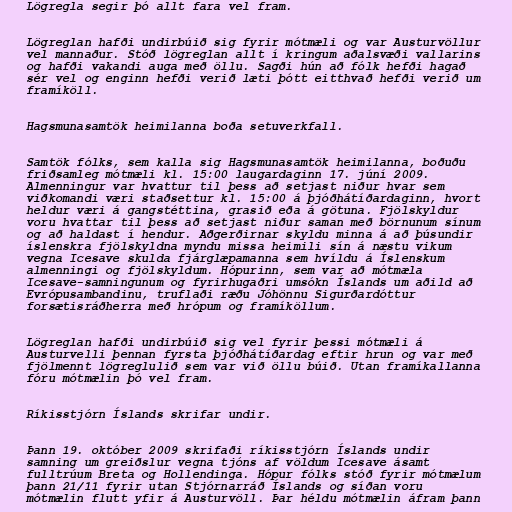
Lög­regla seg­ir þó allt fara vel fram.

Lög­regl­an hafði und­ir­búið sig fyr­ir mót­mæli og var Aust­ur­völl­ur
vel mannaður. Stóð lög­regl­an allt í kring­um aðalsvæði vall­ar­ins
og hafði vak­andi auga með öllu. Sagði hún að fólk hefði hagað
sér vel og eng­inn hefði verið læti þótt eitt­hvað hefði verið um
framíköll.

Hagsmunasamtök heimilanna boða setuverkfall.

Samtök fólks, sem kalla sig Hagsmunasamtök heimilanna, boðuðu
friðsamleg mótmæli kl. 15:00 laugardaginn 17. júní 2009.
Almenningur var hvattur til þess að setjast niður hvar sem
viðkomandi væri staðsettur kl. 15:00 á þjóðhátíðardaginn, hvort
heldur væri á gangstéttina, grasið eða á götuna. Fjölskyldur
voru hvattar til þess að setjast niður saman með börnunum sínum
og að haldast í hendur. Aðgerðirnar skyldu minna á að þúsundir
íslenskra fjölskyldna myndu missa heimili sín á næstu vikum
vegna Icesave skulda fjárglæpamanna sem hvíldu á Íslenskum
almenningi og fjölskyldum. Hóp­ur­inn, sem var að mót­mæla
Ices­a­ve-­samn­ing­unum og fyr­ir­hug­aðri umsókn Íslands um aðild að
Evr­ópu­sam­band­inu, trufl­aði ræðu Jóhönnu Sig­urð­ar­dóttur
for­sæt­is­ráð­herra með hrópum og framíköll­um.

Lög­reglan hafði und­ir­búið sig vel fyrir þessi mót­mæli á
Aust­ur­velli þennan fyrsta þjóð­há­tíð­ar­dag eftir hrun og var með
fjöl­mennt lög­reglu­lið sem var við öllu búið. Utan framí­kall­anna
fóru mót­mælin þó vel fram.

Ríkisstjórn Íslands skrifar undir.

Þann 19. október 2009 skrifaði ríkisstjórn Íslands undir
samning um greiðslur vegna tjóns af völdum Icesave ásamt
fulltrúum Breta og Hollendinga. Hópur fólks stóð fyrir mótmælum
þann 21/11 fyrir utan Stjórnarráð Íslands og síðan voru
mótmælin flutt yfir á Austurvöll. Þar héldu mótmælin áfram þann